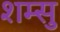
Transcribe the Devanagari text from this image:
शम्सु